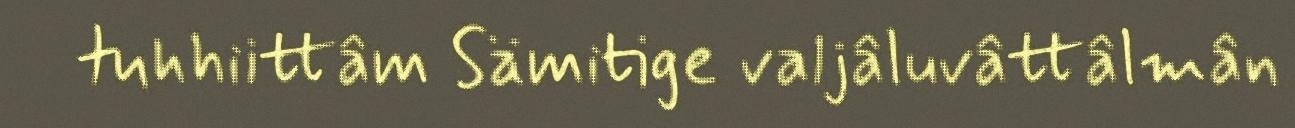
tuhhiittâm Sämitige valjâluvâttâlmân